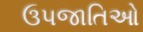
ઉપજાતિઓ